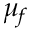
\mu _ { f }